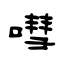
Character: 嘒